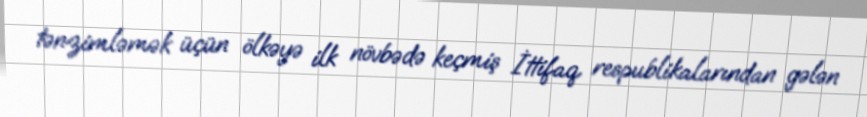
tənzimləmək üçün ölkəyə ilk növbədə keçmiş İttifaq respublikalarından gələn